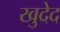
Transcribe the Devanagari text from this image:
खुदेद